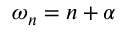
\omega _ { n } = n + \alpha